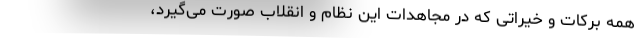
همه برکات و خیراتی که در مجاهدات این نظام و انقلاب صورت می‌گیرد،